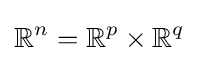
\mathbb {R} ^{n}=\mathbb {R} ^{p}\times \mathbb {R} ^{q}